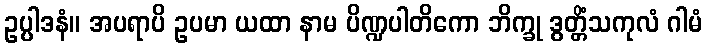
ဥပ္ပါဒနံ။ အပရာပိ ဥပမာ ယထာ နာမ ပိဏ္ဍပါတိကော ဘိက္ခု ဒွတ္တိံသကုလံ ဂါမံ